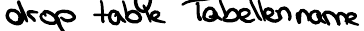
drop table Tabellenname